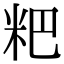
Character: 粑